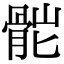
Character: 𩨷